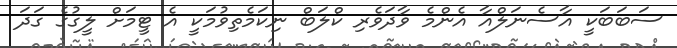
ސަބަބަކީ އާސެނަލްއާ އެންމެ ވާދަވެރި ކްލަބް ނިކަމެތިވުމަކީ އެ ޓީމަށް ލީގުގެ ގަދަ